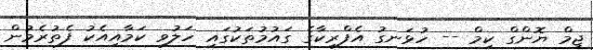
ޖިމް ޔޮންގް ކިމް -- ހުޅަނގު އެފްރިކާގެ ގައުމުތަކުގައި ހަލުވި ކަމާއިއެކު ފެތުރެމުން